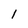
Character: 1